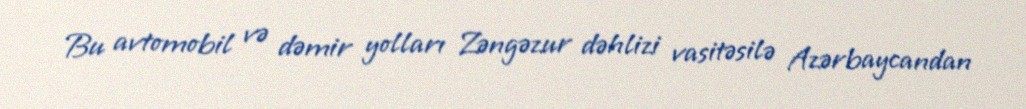
Bu avtomobil və dəmir yolları Zəngəzur dəhlizi vasitəsilə Azərbaycandan